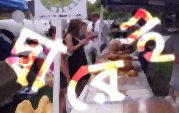
দ্বারেই